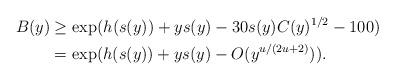
LaTeX: \begin{align*} B(y) & \geq \exp(h(s(y)) + y s(y) - 30s(y)C(y)^{1/2} - 100)\\& = \exp(h(s(y)) + y s(y) - O(y^{u/(2u+2)})).\end{align*}